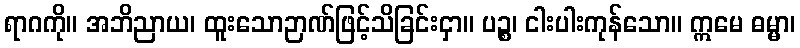
ရာဂကို။ အဘိညာယ၊ ထူးသောဉာဏ်ဖြင့်သိခြင်းငှာ။ ပဉ္စ၊ ငါးပါးကုန်သော။ ဣမေ ဓမ္မာ၊